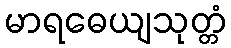
မာရဓေယျသုတ္တံ